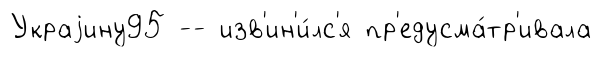
Украjину95 -- изв'ин'и́лс'я пр'едусма́тр'ивала